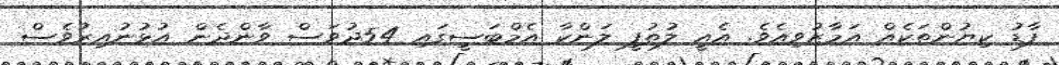
ފާޑު ކިޔުންތަކެއް އަމާޒުވިއެވެ. އެއީ ލުތުފީ ލަންކާ އެމްބަސީގައި 54ދުވަސް ވާންދެން އުޅުނުއިރުވެސް